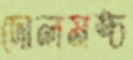
দোলমঙ্চ